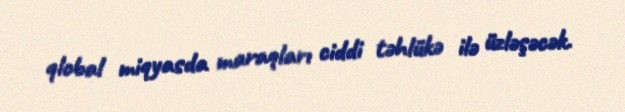
qlobal miqyasda maraqları ciddi təhlükə ilə üzləşəcək.